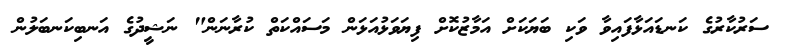
ސަރުކާރުގެ ކަނޑައަޅާފައިވާ ވަކި ބަޔަކަށް އަމާޒުކޮށް ފިޔަވަޅުއަޅަން މަސައްކަތް ކުރާނަން" ނަޝީދުގެ އަނބިކަނބަލުން